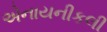
એનાયનીકલી